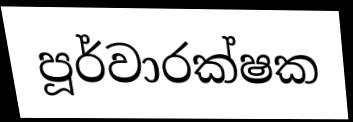
පූර්වාරක්ෂක